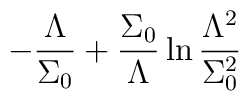
-\frac{\Lambda}{\Sigma_0}+\frac{\Sigma_0}{\Lambda}\ln\frac{\Lambda^2}{\Sigma_0^2}